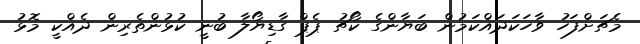
މެޗަށްފަހު ވާހަކަދައްކަމުން ބަޔާންގެ ކޯޗު ޕެޕް ގާޑިޔޯލާ ބުނީ ކުޅުންތެރިން ދެއްކީ މޮޅު